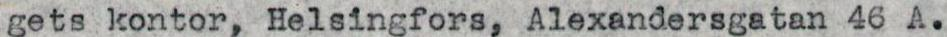
gets kontor, Helsingfors, Alexandersgatan 46 A.